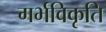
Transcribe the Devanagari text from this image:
गर्भविकृति